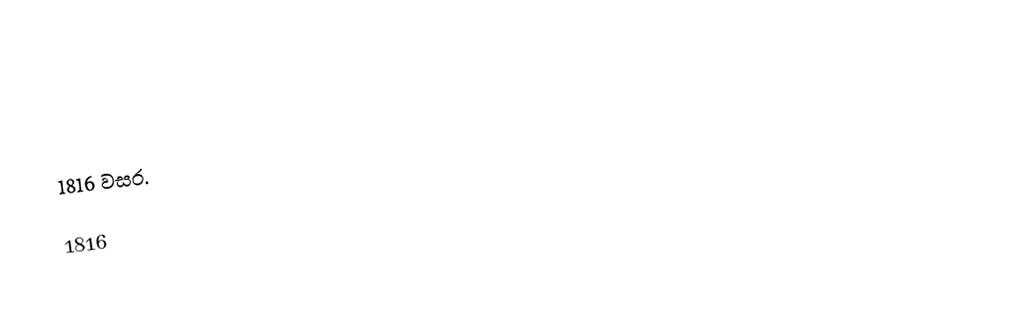
1816 වසර.

1816